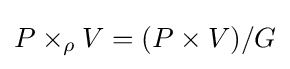
P\times _{\rho }V=(P\times V)/G